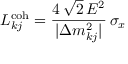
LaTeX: L _ { k j } ^ { \mathrm { c o h } } = \frac { 4 \, \sqrt { 2 } \, E ^ { 2 } } { | \Delta { m } _ { k j } ^ { 2 } | } \, \sigma _ { x }